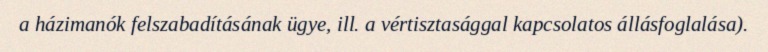
a házimanók felszabadításának ügye, ill. a vértisztasággal kapcsolatos állásfoglalása).